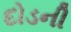
દોડની